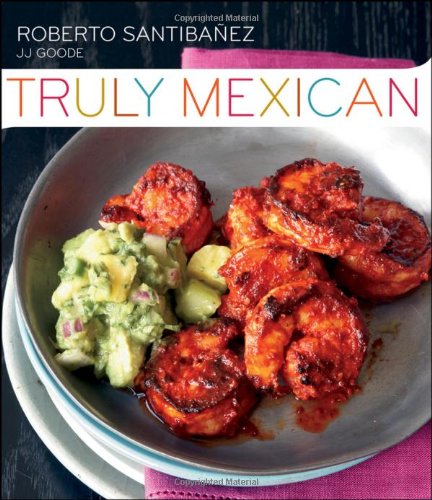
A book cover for Truly Mexican: Essential Recipes and Techniques for Authentic Mexican Cooking; Roberto Santibanez; Cookbooks, Food & Wine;